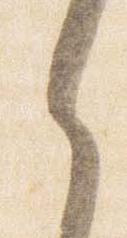
之